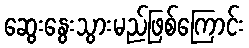
ဆွေးနွေးသွားမည်ဖြစ်ကြောင်း